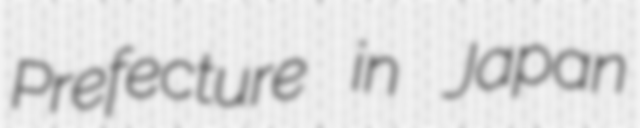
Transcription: Prefecture in Japan